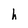
Character: h